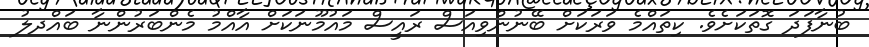
ބުނާފަދަ ގޮތަކަށެވެ. ކިތައްމެ ވަރަކަށް ބޭނުންވިއަސް ރައީސް މައުމޫނަކަށް އާއްމު މެންބަރުންނާ ބައްދލު